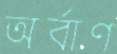
অর্বাণ